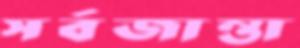
সর্বজান্তা